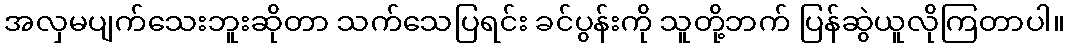
အလှမပျက်သေးဘူးဆိုတာ သက်သေပြရင်း ခင်ပွန်းကို သူတို့ဘက် ပြန်ဆွဲယူလိုကြတာပါ။